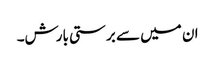
ان میں سے برستی بارش۔